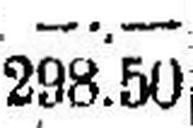
298.50